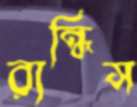
রান্ধিস